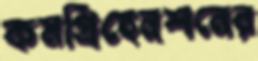
কমপ্রিহেনশনের